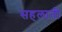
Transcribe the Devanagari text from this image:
सहलाती